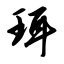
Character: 珥